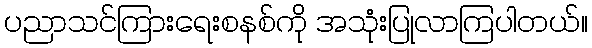
ပညာသင်ကြားရေးစနစ်ကို အသုံးပြုလာကြပါတယ်။